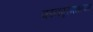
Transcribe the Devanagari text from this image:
कानपूरमधल्या